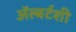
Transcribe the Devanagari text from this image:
ॲल्बर्टशी